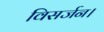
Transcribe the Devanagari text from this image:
विसर्जन।